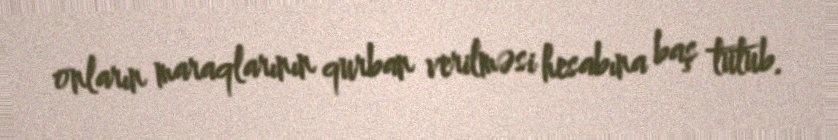
onların maraqlarının qurban verilməsi hesabına baş tutub.